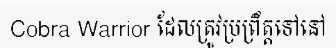
Cobra Warrior ដែលត្រូវប្រព្រឹត្តទៅនៅ